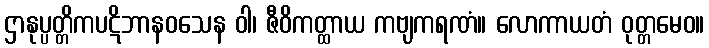
ဌာနုပ္ပတ္တိကပဋိဘာနဝသေန ဝါ၊ ဇီဝိကတ္ထာယ ကဗျကရဏံ။ လောကာယတံ ဝုတ္တမေဝ။